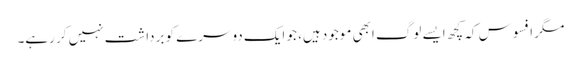
مگر افسوس کہ کچھ ایسے لوگ ابھی موجود ہیں، جو ایک دوسرے کو برداشت نہیں کر رہے۔